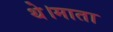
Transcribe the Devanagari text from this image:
थे।माता